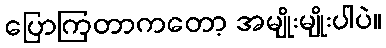
ပြောကြတာကတော့ အမျိုးမျိုးပါပဲ။